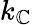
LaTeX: k_{\mathbb{C}}